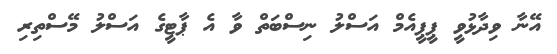
އޭނާ ވިދާޅުވީ ޕީޕީއެމް އަސްލު ނިސްބަތް ވާ އެ ޕާޓީގެ އަސްލު މޭސްތިރި